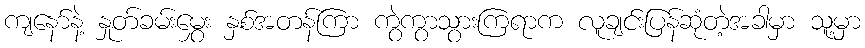
ကျနော်နဲ့ နှုတ်ခမ်းမွှေး နှစ်အတန်ကြာ ကွဲကွာသွားကြရာက လူချင်းပြန်ဆုံတဲ့အခါမှာ သူ့မှာ